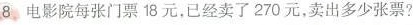
8. 电影院每张门票18元，已经卖了270元，卖出多少张票?